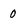
Character: 0